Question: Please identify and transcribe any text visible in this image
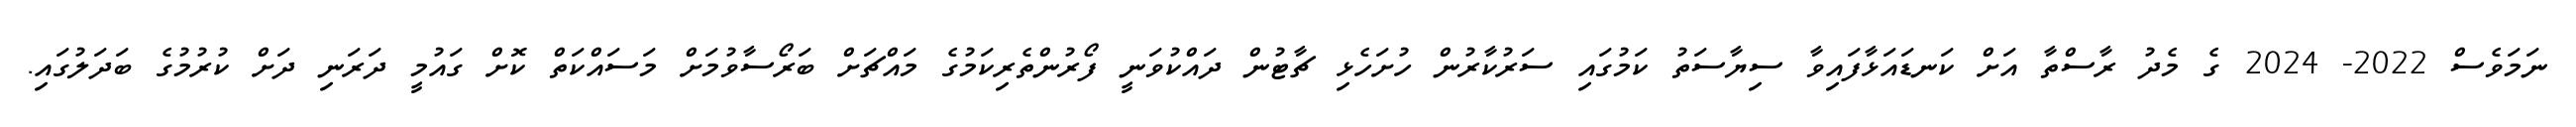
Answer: ނަމަވެސް 2022- 2024 ގެ މެދު ރާސްތާ އަށް ކަނޑައަޅާފައިވާ ސިޔާސަތު ކަމުގައި ސަރުކާރުން ހުށަހެޅި ޗާޓުން ދައްކުވަނީ ފޯރުންތެރިކަމުގެ މައްޗަށް ބަރޯސާވުމަށް މަސައްކަތް ކޮށް ގައުމީ ދަރަނި ދަށް ކުރުމުގެ ބަދަލުގައި.